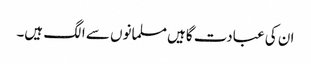
ان کی عبادت گاہیں مسلمانوں سے الگ ہیں۔